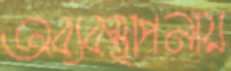
অব্যবস্থাপনায়